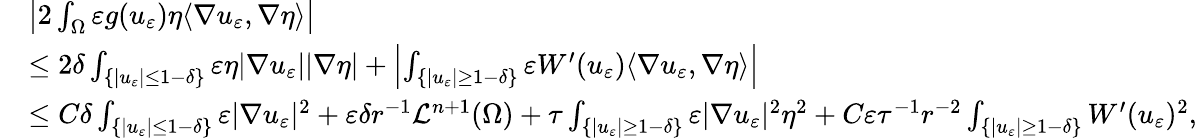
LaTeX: \begin{array}{rl}&{\left|2\int_{\Omega}\varepsilon g(u_{\varepsilon})\eta\langle\nabla u_{\varepsilon},\nabla\eta\rangle\right|}\\ &{\leq 2\delta\int_{\{ |u_{\varepsilon}|\leq 1-\delta\} }\varepsilon\eta|\nabla u_{\varepsilon}||\nabla\eta|+\left|\int_{\{ |u_{\varepsilon}|\geq 1-\delta\} }\varepsilon W^{\prime}(u_{\varepsilon})\langle\nabla u_{\varepsilon},\nabla\eta\rangle\right|}\\ &{\leq C\delta\int_{\{ |u_{\varepsilon}|\leq 1-\delta\} }\varepsilon|\nabla u_{\varepsilon}|^{2}+\varepsilon\delta r^{-1}\mathcal L^{n+1}(\Omega)+\tau\int_{\{ |u_{\varepsilon}|\geq 1-\delta\} }\varepsilon|\nabla u_{\varepsilon}|^{2}\eta^{2}+C\varepsilon\tau^{-1}r^{-2}\int_{\{ |u_{\varepsilon}|\geq 1-\delta\} }W^{\prime}(u_{\varepsilon})^{2},}\end{array}